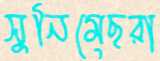
সুনিমেছরা